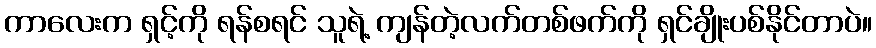
ကာလေးက ရှင့်ကို ရန်စရင် သူရဲ့ ကျန်တဲ့လက်တစ်ဖက်ကို ရှင်ချိုးပစ်နိုင်တာပဲ။